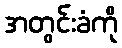
အတွင်းခံကို